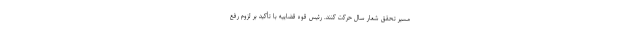
مسیر تحقق شعار سال حرکت کنند. رئیس قوه قضاییه با تأکید بر لزوم رفع